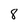
Character: 8